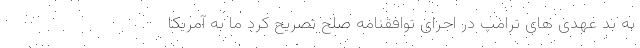
به بد عهدی های ترامپ در اجرای توافقنامه صلح تصریح کرد ما به آمریکا